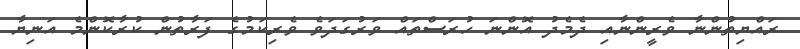
ރައްޔިތުންނާ ވެރީންނާއި ދެމެދު އޮންނަ ހުރަސްތައް ވަރުގަދަވެ ވެރިކަމުގެ ފަރާތުން ކުރާކޮންމެ އަނިޔާ